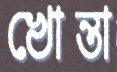
খোন্তা